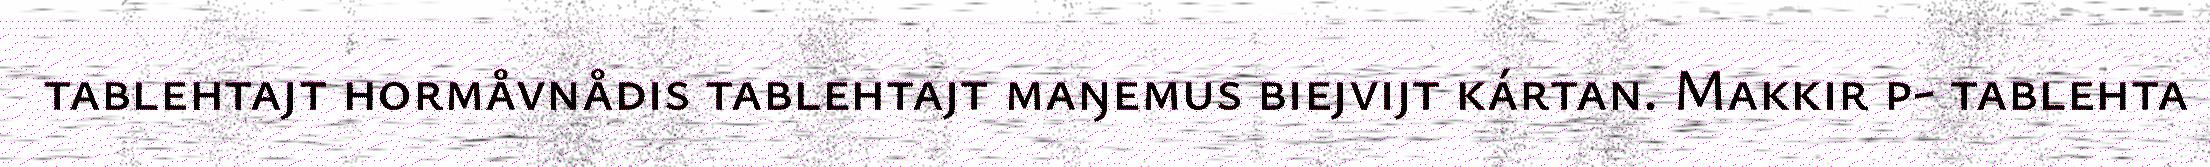
tablehtajt hormåvnådis tablehtajt maŋemus biejvijt kártan. Makkir p- tablehta